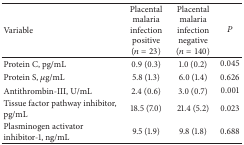
| Variable | Placental malaria infection positive (n = 23) | Placental malaria infection negative (n = 140) | P |
 | --- | --- | --- | --- |
 | Protein C, pg/mL | 0.9 (0.3) | 1.0 (0.2) | 0.045 |
 | Protein S, μg/mL | 5.8 (1.3) | 6.0 (1.4) | 0.626 |
 | Antithrombin-III, U/mL | 2.4 (0.6) | 3.0 (0.7) | 0.001 |
 | Tissue factor pathway inhibitor, pg/mL | 18.5 (7.0) | 21.4 (5.2) | 0.023 |
 | Plasminogen activator inhibitor-1, ng/mL | 9.5 (1.9) | 9.8 (1.8) | 0.688 |